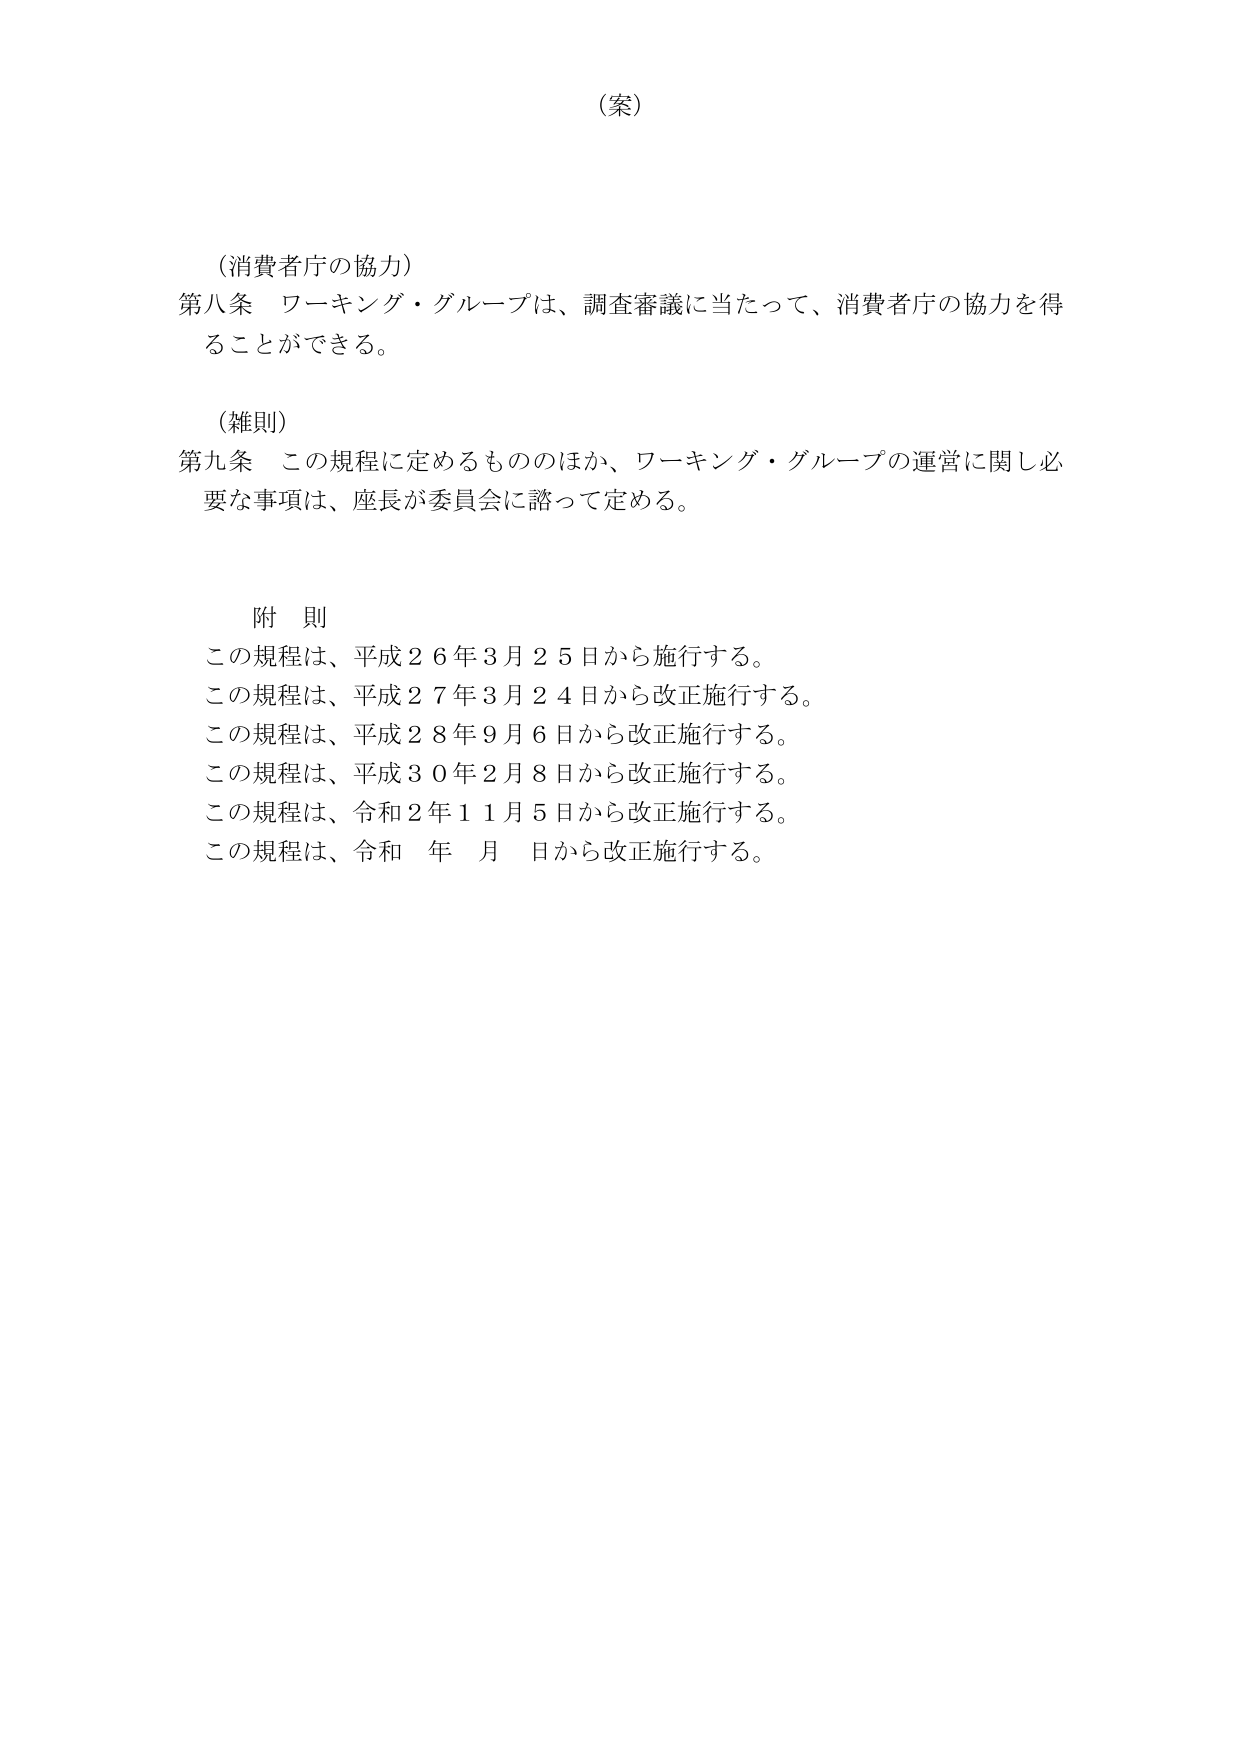
（案）

（消費者庁の協力）
第八条 ワーキング・グループは、調査審議に当たって、消費者庁の協力を得ることができる。

（雑則）
第九条 この規程に定めるもののほか、ワーキング・グループの運営に関し必要な事項は、座長が委員会に諮って定める。

附 則
この規程は、平成２６年３月２５日から施行する。
この規程は、平成２７年３月２４日から改正施行する。
この規程は、平成２８年９月６日から改正施行する。
この規程は、平成３０年２月８日から改正施行する。
この規程は、令和２年１１月５日から改正施行する。
この規程は、令和 年 月 日から改正施行する。